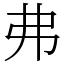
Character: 弗